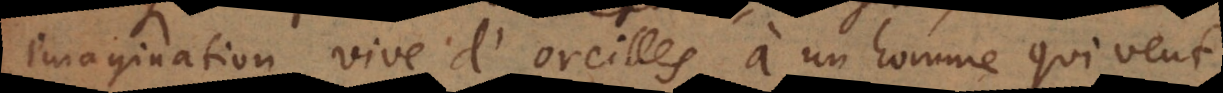
imagination vive d’oreilles à un homme qui veut